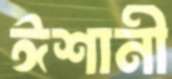
ঈশানী